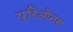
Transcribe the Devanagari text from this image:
प्रिओनस